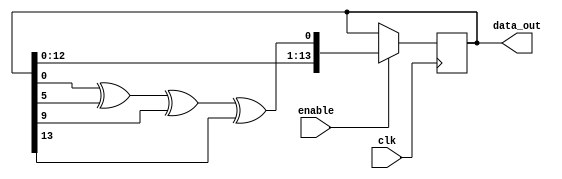
module lfsr14 (enable,data_out, clk);

	output [14:1]	data_out;
	input				enable,clk;
	
	reg	[14:1]	sreg;
	
	initial sreg = 14'd1;
	
	always @ (posedge clk)
	begin
	if (enable==1)
		sreg <= {sreg[13:1], sreg[1] ^ sreg[6] ^ sreg[10] ^ sreg[14]};
		end
	assign data_out = sreg ;
endmodule